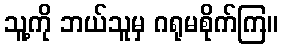
သူ့ကို ဘယ်သူမှ ဂရုမစိုက်ကြ။